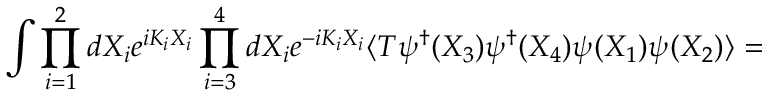
\int \prod _ { i = 1 } ^ { 2 } d X _ { i } e ^ { i K _ { i } X _ { i } } \prod _ { i = 3 } ^ { 4 } d X _ { i } e ^ { - i K _ { i } X _ { i } } \langle T \psi _ { } ^ { \dagger } ( X _ { 3 } ) \psi _ { } ^ { \dagger } ( X _ { 4 } ) \psi _ { } ( X _ { 1 } ) \psi _ { } ( X _ { 2 } ) \rangle =